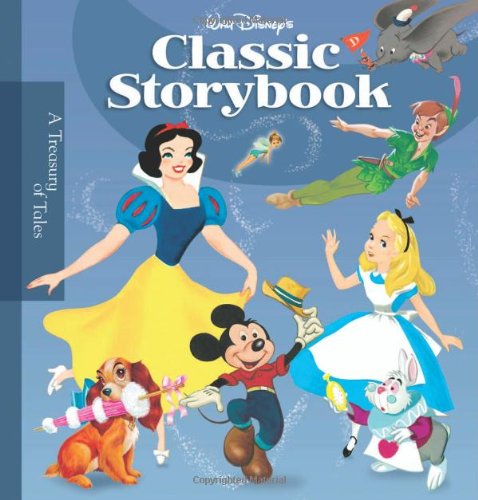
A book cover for Walt Disney's Classic Storybook (Storybook Collection); Disney Publishing Various Authors; Children's Books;